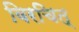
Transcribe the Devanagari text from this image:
विरचित्